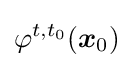
\varphi ^{t,t_{0}}({\boldsymbol {x}}_{0})